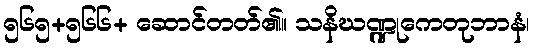
၅၆၅+၅၆၆+ ဆောင်တတ်၏။ သနိဃဏ္ဍုကေတုဘာနံ၊